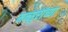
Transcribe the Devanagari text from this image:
मन्सुरांच्या